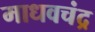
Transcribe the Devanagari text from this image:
माधवचंद्र